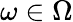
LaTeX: \omega\in\Omega